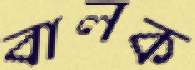
বালক